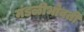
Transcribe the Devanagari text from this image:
मंडळीभोवती